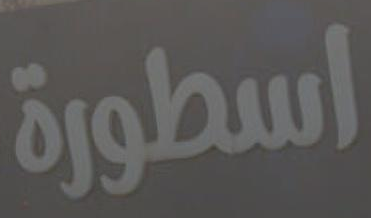
اسطورة